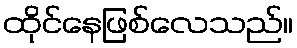
ထိုင်နေဖြစ်လေသည်။